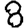
Digit: 8